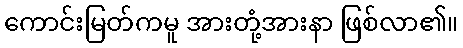
ကောင်းမြတ်ကမူ အားတုံ့အားနာ ဖြစ်လာ၏။